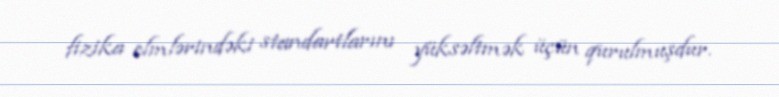
fizika elmlərindəki standartlarını yüksəltmək üçün qurulmuşdur.